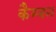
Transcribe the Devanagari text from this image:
कैम्बन